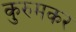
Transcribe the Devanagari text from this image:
कुरुमकर